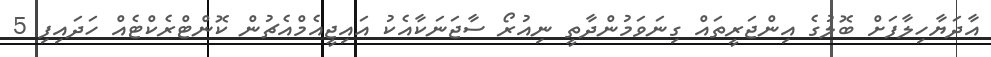
އާދަޔާހިލާފަށް ބޮލުގެ އިންޖަރީތައް ގިނަވަމުންދާތީ ނިއުރޯ ސާޖަނަކާއެކު އައިޖީއެމްއެޗުން ކޮންޓްރެކްޓެއް ހަދައިފި 5